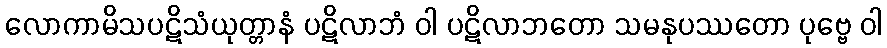
လောကာမိသပဋိသံယုတ္တာနံ ပဋိလာဘံ ဝါ ပဋိလာဘတော သမနုပဿတော ပုဗ္ဗေ ဝါ